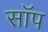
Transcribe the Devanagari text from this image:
सॉप